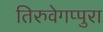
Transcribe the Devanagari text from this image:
तिरुवेगप्पुरा